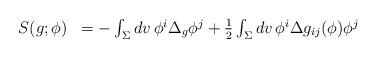
LaTeX: \begin{align*} \begin{array}{ll} S( g; \phi) & = - \int_\Sigma dv \, \phi^i \Delta_g \phi^j + \frac{1}{2} \int_\Sigma dv \, \phi^i \Delta g_{ij}(\phi) \phi^j \end{array}\end{align*}